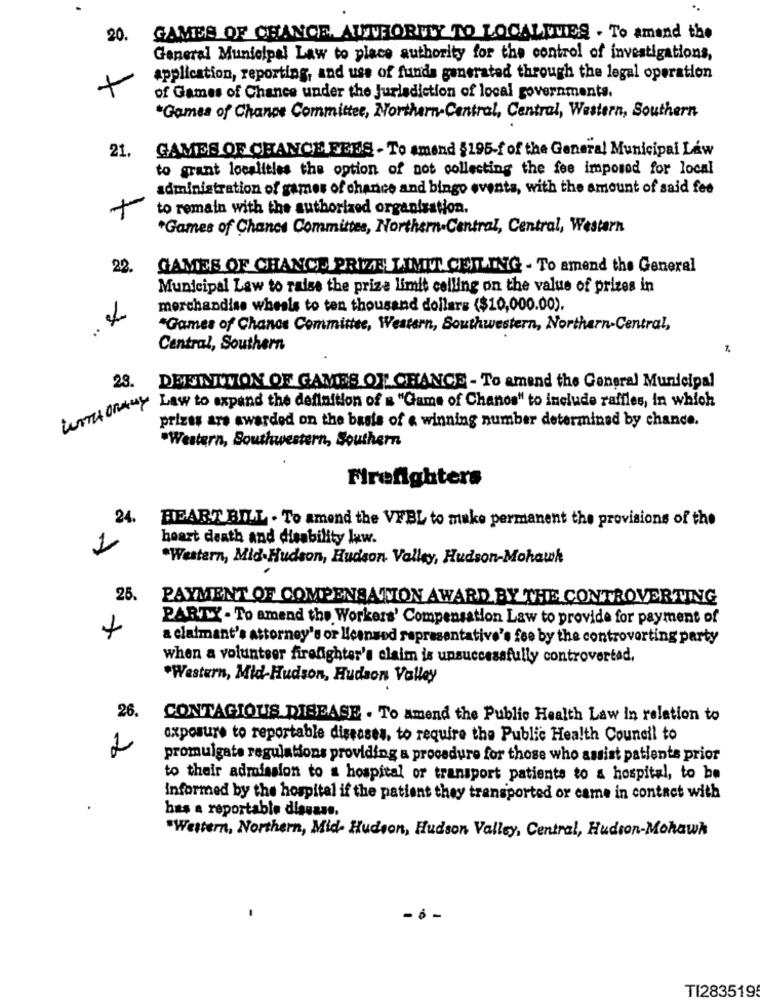
20.
GAMES OF CHANGE, AUTHORITY TO LOCALITIES . To amend the
General Municipal Law to place authority for the control of investigations,
application, reporting, and use of funds generated through the legal operation
of Games of Chance under the Jurisdiction of local governments.
"Games of Chance Committee, Northern-Central, Central, Western, Southern
21.
GAMES OF CHANCE SEUS - To amend $195-f of the General Municipal Law
to grant localities the option of not collecting the fee imposed for local
administration of games of chance and bingo events, with the amount of said fee
+
to remain with the authorized organisation.
*Games of Chance Committee, Northern.Central, Central, Western
22.
GAMES OF CHANCE PRIZE LIMEL CEILING - To amend the General
Municipal Law to raise the prize limit calling on the value of prizes in
merchandise wheels to ten thousand dollars ($10,000.00).
"Games of Chanos Committee, Western, Southwestern, Northern-Central,
Central, Southern
1.
28.
DEFINITION OF GAMES OF CHANCE - To amend the General Municipal
antonkey Lew to expand the definition of a "Game of Chanos" to include raffles, in which
prizes are awarded on the basis of a winning number determined by chance.
Western, Southwestern, Southern
Firefighters
24.
HEART BILL . To amend the VFBL to make permanent the provisions of the
1
heart death and disability lew.
*Western, Mid-Hudson, Hudson Valley, Hudson-Mohawk
25.
PAYMENT OF COMPENSATION AWARD BY THE CONTROVERTING
PARTY - To amend the Workers' Compensation Law to provide for payment of
a claimant's attorney's or leansed representative's fee by the controverting party
when a volunteer firefighter's claim is unsuccessfully controvertad,
.Western, Mid-Hudson, Hudson Valley
26.
CONTAGIOUS DISEASE . To amend the Public Health Law in relation to
exposure to reportable diseases, to require the Public Health Council to
2
promulgate regulations providing a procedure for those who assist patients prior
to their admission to a hospital or transport patients to a hospital, to be
informed by the hospital if the patient they transported or came in contact with
has a reportable disuase.
"Western, Northern, Mid- Hudson, Hudson Valley, Central, Hudson-Mohawk
-
- 6 .
TI283519